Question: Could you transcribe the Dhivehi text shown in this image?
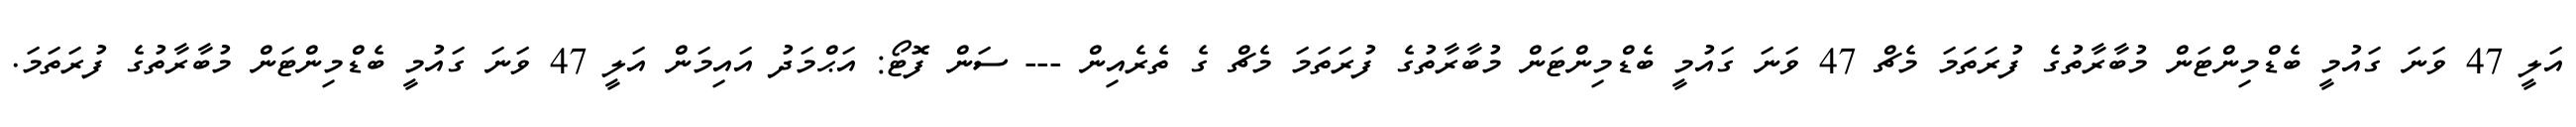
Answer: އަލީ 47 ވަނަ ގައުމީ ބެޑްމިންޓަން މުބާރާތުގެ ފުރަތަމަ މެޗް 47 ވަނަ ގައުމީ ބެޑްމިންޓަން މުބާރާތުގެ ފުރަތަމަ މެޗް ގެ ތެރެއިން --- ސަން ފޮޓޯ: އަޙްމަދު އައިމަން އަލީ 47 ވަނަ ގައުމީ ބެޑްމިންޓަން މުބާރާތުގެ ފުރަތަމަ.